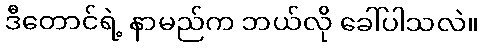
ဒီတောင်ရဲ့ နာမည်က ဘယ်လို ခေါ်ပါသလဲ။